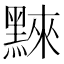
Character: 𪑚